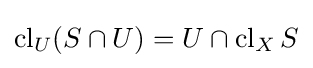
\operatorname {cl} _{U}(S\cap U)=U\cap \operatorname {cl} _{X}S